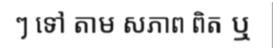
ៗ ទៅ តាម សភាព ពិត ឬ